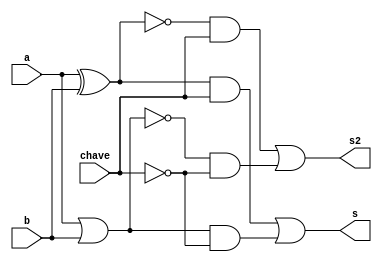
// -------------------------
// Exemplo0034 - F4
// Nome: Matheus Filipe Sieiro Vargas
// -------------------------
// -------------------------
// f4_gate
// -------------------------
module f4 (output s, output s2, input a,input b, input chave);

wire temp1, temp2, temp3, temp4, temp5, temp6, temp7, temp8;

xor XOR1 (temp1, a, b);
xnor XNOR1 (temp2, a, b);
or OR1 (temp3, a, b);
nor NOR1 (temp4, a, b);

not NOT1 (nchave, chave);

and AND2 (temp5, temp1, chave);
and AND3 (temp6, temp2, chave);
and AND4 (temp7, temp3, nchave);
and AND5 (temp8, temp4, nchave);

or OR2 (s, temp5, temp7);
or OR3 (s2, temp6, temp8);

endmodule // f4

module test_f4;

reg x;
reg y;
reg chave;
wire z, z2;

f4 modulo (z, z2, x, y, chave);

initial begin

x = 'b0; y = 'b0; chave=0;

$display("Sendo Chave: 0 - XOR/XNOR \t 1 - OR/NOR");
$monitor("Chave: (%b) \t %b %b \t XOR/OR: %b \t XNOR/NOR: %b", chave, x, y, z, z2);

#1 x=0;y=1;
#1 x=1;y=0;
#1 x=1;y=1;
#1 chave=1;x=0;y=0;
#1 x=0;y=1;
#1 x=1;y=0;
#1 x=1;y=1;

end
endmodule